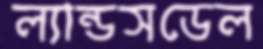
ল্যান্ডসডেল